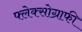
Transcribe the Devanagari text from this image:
फ्लेक्सोग्राफी